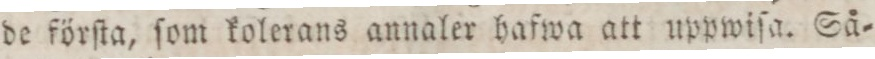
de förſta, ſom kolerans annaler hafwa att uppwiſa. Så=